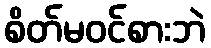
စိတ်မဝင်စားဘဲ